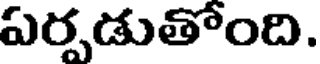
ఏర్పడుతోంది.